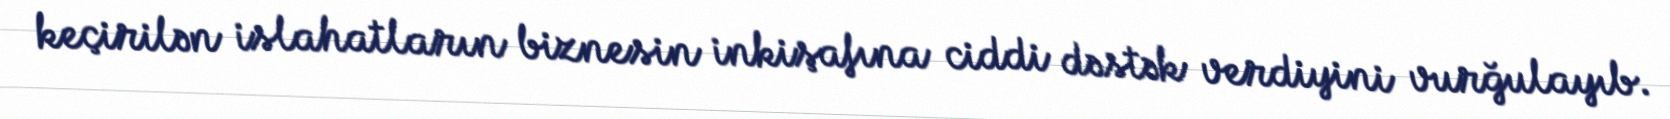
keçirilən islahatların biznesin inkişafına ciddi dəstək verdiyini vurğulayıb.